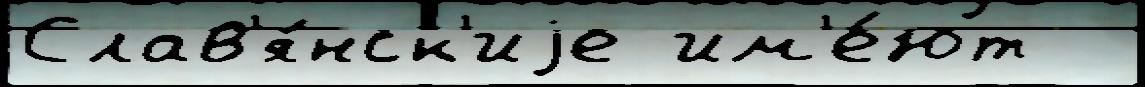
Слав'я́нск'иjе им'е́ют